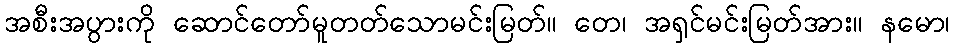
အစီးအပွားကို ဆောင်တော်မူတတ်သောမင်းမြတ်။ တေ၊ အရှင်မင်းမြတ်အား။ နမော၊